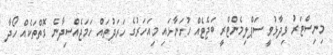
މިނިސްޓަރު ވިދާޅުވީ ސަޕްލިމެންޓްރީ ބަޖެޓެއް ހުށަނާޅައި މިއަހަރުގެ ހަރަދުތައް ހަމަޖެއްސިދާނެ ގޮތްތަކެއް ހޯދާ